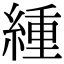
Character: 緟